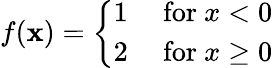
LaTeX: f(\mathbf{x})={\left\{ \begin{array}{ll}{1}&{{\mathrm{~for~}}x<0}\\ {2}&{{\mathrm{~for~}}x\geq 0}\end{array}\right.}